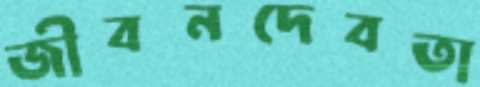
জীবনদেবতা